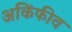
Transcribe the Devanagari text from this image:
अकिंफीव